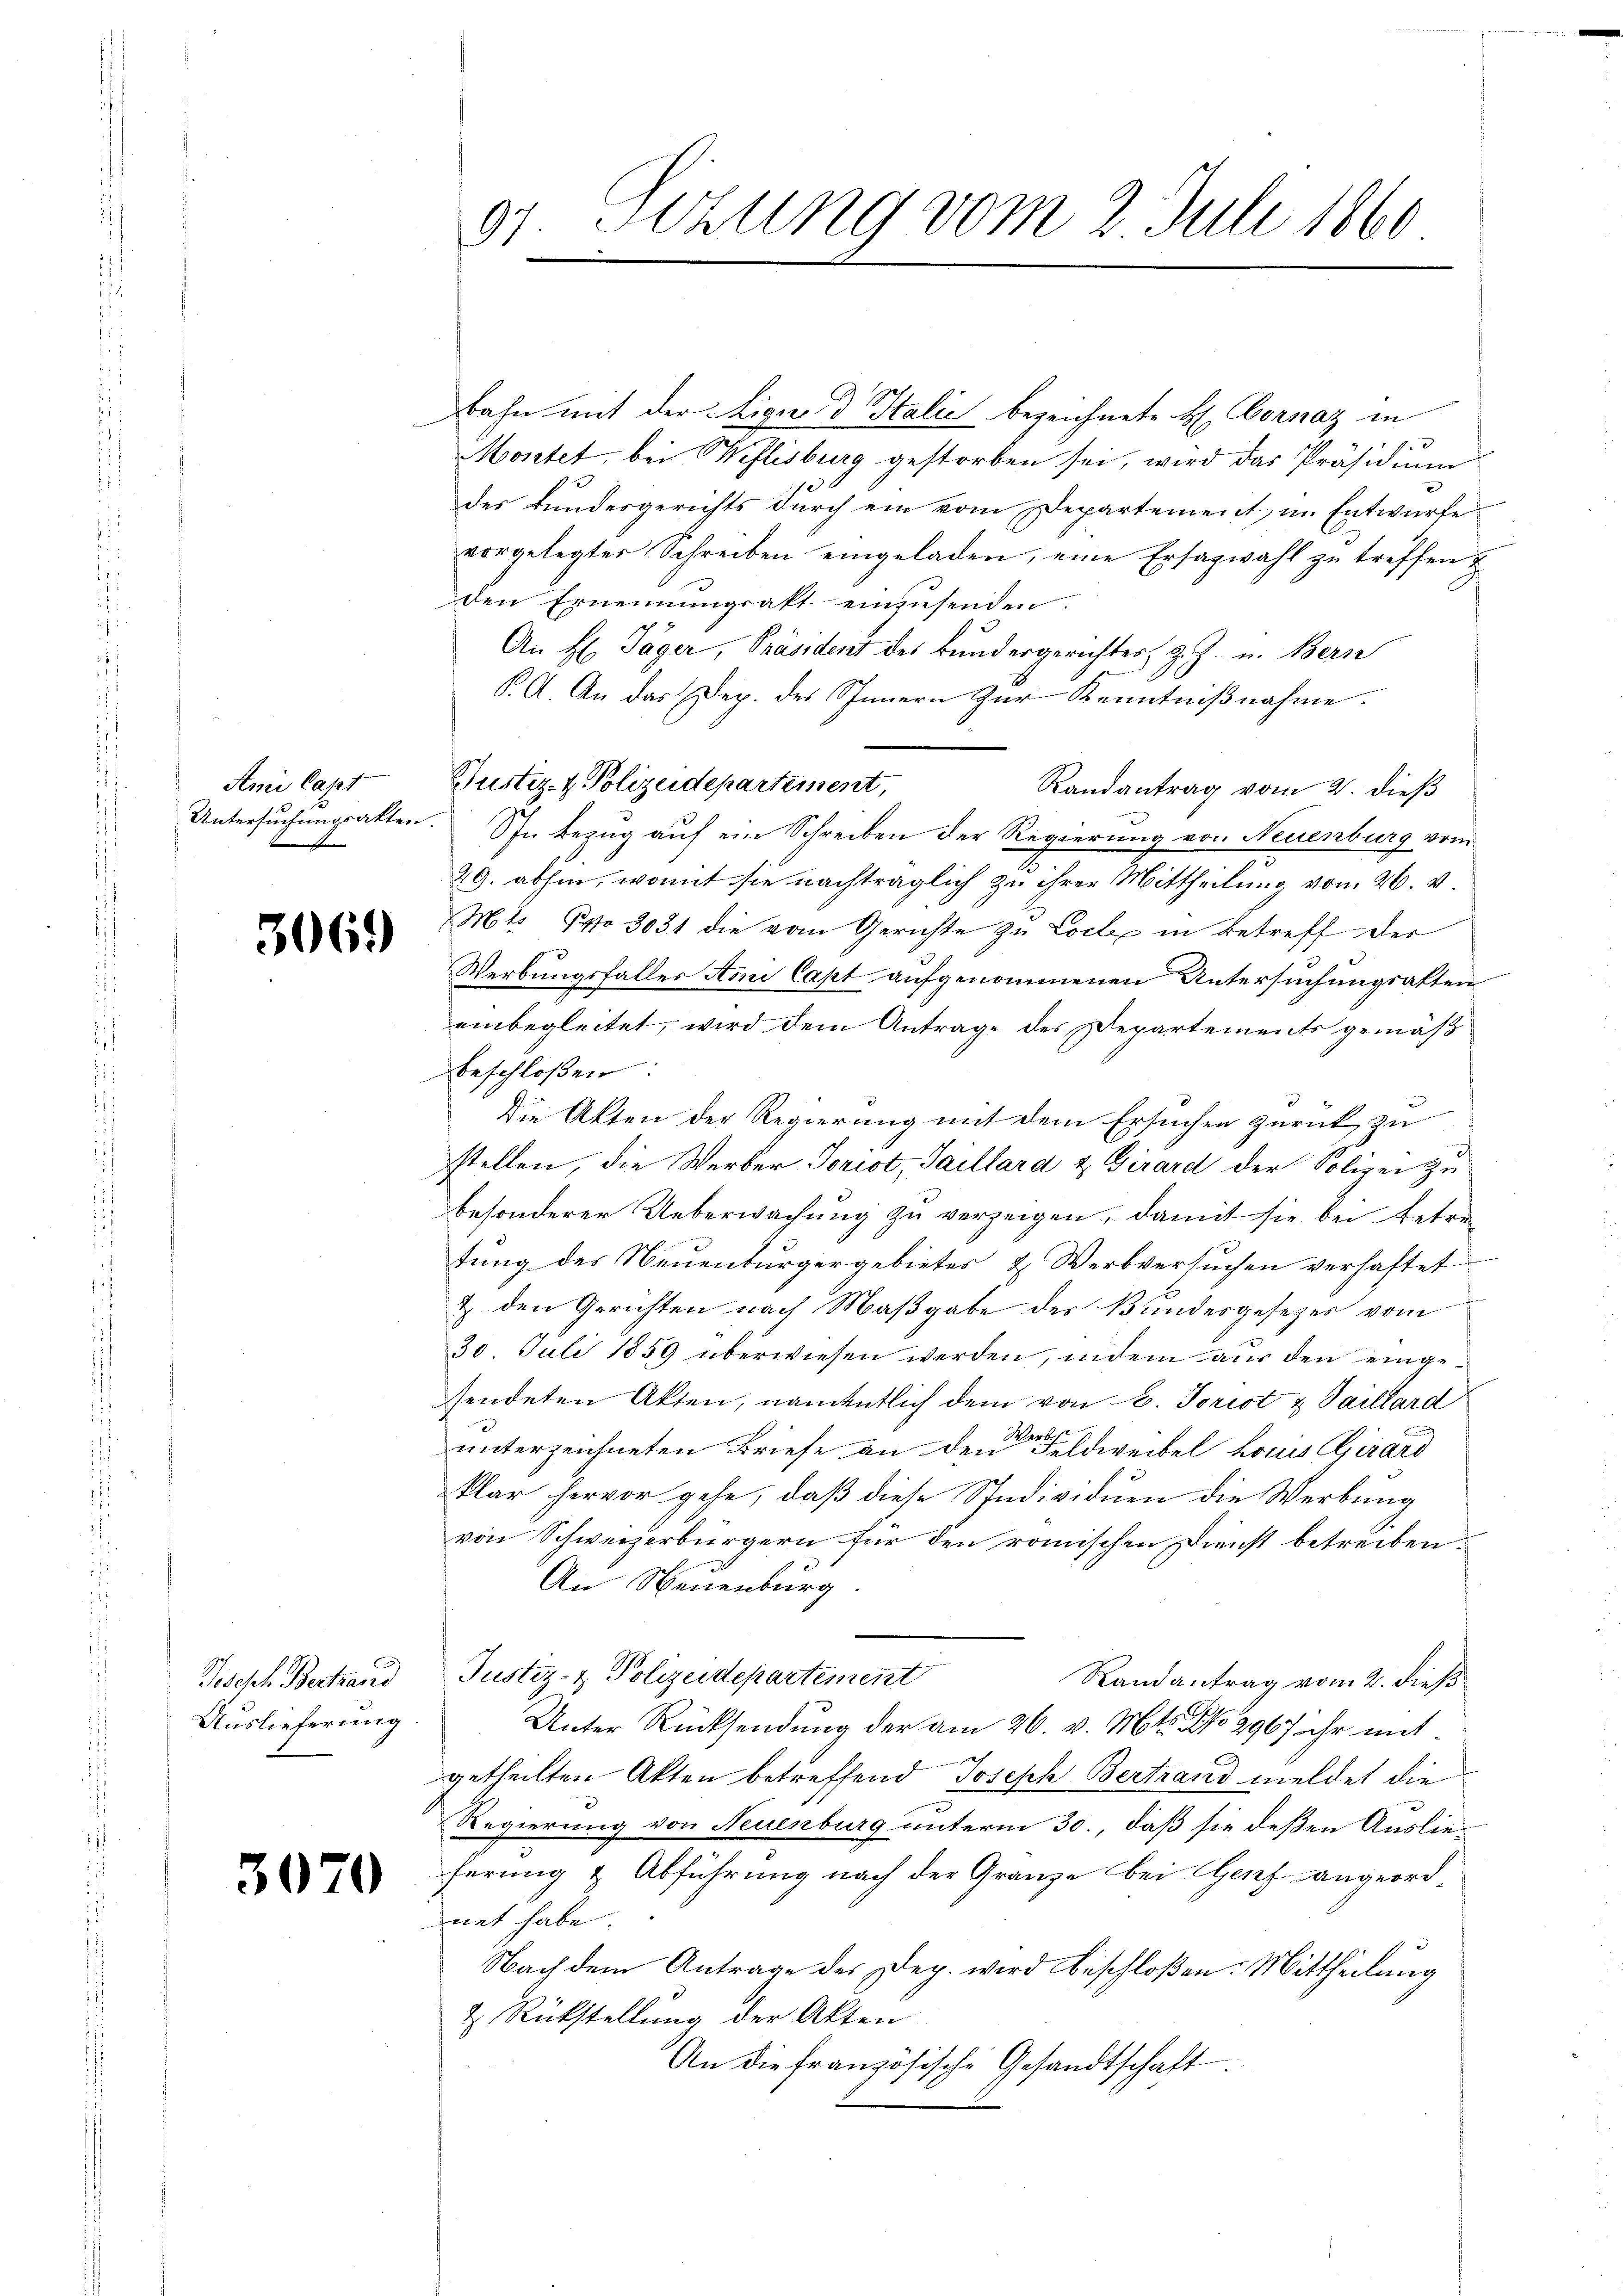
Anii Capt
Untersuchungsakten
e

3069

Joseph Bertrand
Auslieferung

3070

¬

Bahn mit der Lique d Italić bezeichnete H. Vornaz in
3
Mostet, bei Weflisburg gestorben sei, wird das Präsidium
des Bundesgerichts durch ein vom Departement, in Entwurfe
vorgelegter Schreiben eingeladen, eine Ersazwahl zu treffen
den Ernennungsakt einzŭsenden.
An H Jäger, Präsident des Bundergerichter z. Z. u. Bern
BA. An das Dep. des Innern zur Kenntnißnahme.
Justiz- & Polizeidepartement,
Randantrag vom 2. dieß
In Bezug auf ein Schreiben der Regierung von Neuenburg vom
29. abhin, womit sie nachträglich zu ihrer Mittheilung vom 26. v.
Mts. S. 3031 die vom Gerichte zu Coele in Betreff der
Werbungsfaller Ami Capt aufgenommenen Untersuchungsakten
einbegleitet, wird dem Antrage des Departements gemäß
beschloßen
Die Akten der Regierung mit dem Ersuchen zurück zu
stellen, die Werber Joriot, Saillard & Girard der Polizei zubesonderer Ueberwachung zu verzeigen, damit sie bei betretung des Neuenburgergebietes & Werkversuchen verhaftet
& den Gerichten nach Maßgabe des Bundesgesezes vom
30. Juli 1859 überwiesen werden, indem aus den eingesendeten Akten, namentlich dem von 6. Jorist & Saillard
B
unterzeichneten Briefe an den Geldweibel Louis Girard
klar hervor gehe, daß diese Spedividuen die Werbung
von Schweizerbürgern für den römischen Dienst betreiben.
u
An Neuenburg
Justiz- & Polizeidepartement
Randantrag vom 2. dieß
Unter Rücksendung der am 26. v. Mts. No 2967 ihr mit
getheilten Akten betreffend Joseph Bertrand meldet die
Regierung von Neuenburg unterm 30., daß sie deßen Auslieferung & Abführung nach der Granze bei Genf angeordnet habe
Nach dem Antrage des Dep. wird beschloßen: Mittheilung
& Rückstellung der Akten
An die französische Gesandtschaft

Sizung vom 2. Juli 1860.
91.